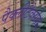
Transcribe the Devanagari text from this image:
पैक्लीटैक्सेल